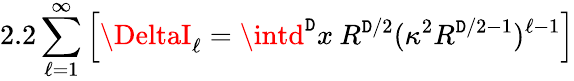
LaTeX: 2.2\sum_{\ell=1}^{\infty}\left[\DeltaI_{\ell}=\intd^{\mathtt{D}}x\: R^{\mathtt{D}/2}(\kappa^{2}R^{\mathtt{D}/2-1})^{\ell-1}\right]